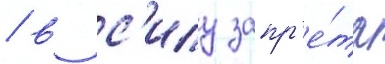
/ в с'илу запр'е́та